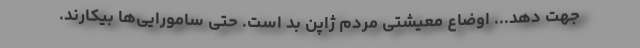
جهت دهد... اوضاع معیشتی مردم ژاپن بد است. حتی سامورایی‌ها بیکارند.